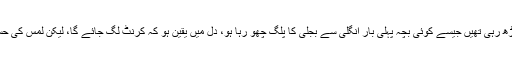
میری انگلیاں اس گیند کی طرف ایسے بڑھ رہی تھیں جیسے کوئی بچہ پہلی بار انگلی سے بجلی کا پلگ چھو رہا ہو، دل میں یقین ہو کہ کرنٹ لگ جائے گا، لیکن لمس کی حسئیت، لمس سے ہی مکمل ہو سکتی تھی۔